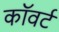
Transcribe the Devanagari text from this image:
कॉवर्ट